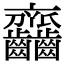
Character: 𪚎